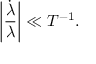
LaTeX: \left| \frac { \dot { \lambda } } { \lambda } \right| \ll T ^ { - 1 } .